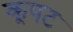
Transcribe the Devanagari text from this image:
कूपट